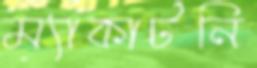
ম্যাকার্টনি